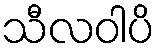
သီလဝါပိ